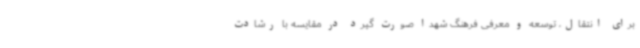
برای انتقال، توسعه و معرفی فرهنگ شهدا صورت گیرد در مقایسه با رشادت